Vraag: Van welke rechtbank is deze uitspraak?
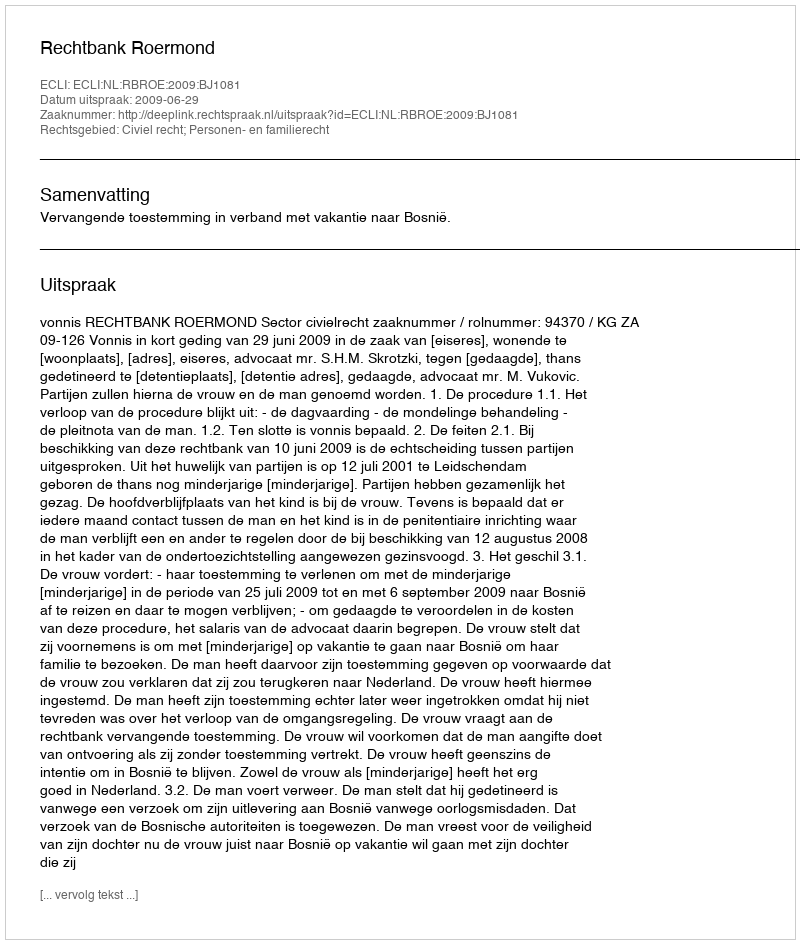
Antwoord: Rechtbank Roermond